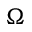
\Omega